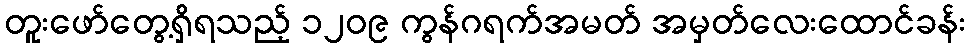
တူးဖော်တွေ့ရှိရသည့် ၁၂၀၉ ကွန်ဂရက်အမတ် အမှတ်လေးထောင်ခန်း